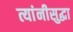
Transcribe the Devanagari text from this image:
त्यांनीसुद्धा